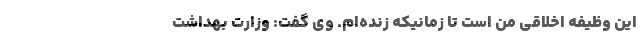
این وظیفه اخلاقی من است تا زمانیکه زنده‌ام. وی گفت: وزارت بهداشت